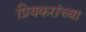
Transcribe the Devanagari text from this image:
प्रियकरांच्या